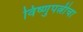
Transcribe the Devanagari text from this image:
विष्णुपत्नीचा